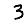
Digit: 3